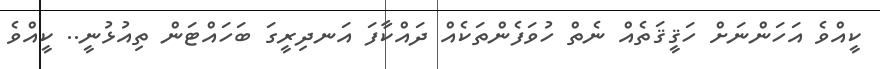
ކީއްވެ އަހަންނަށް ހަޤީޤަތެއް ނެތް ހުވަފެންތަކެއް ދައްކާފަ އަނދިރީގަ ބަހައްޓަން ތިއުޅުނީ.. ކީއްވެ